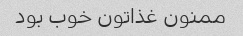
ممنون غذاتون خوب بود